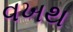
વખથ